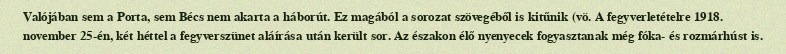
Valójában sem a Porta, sem Bécs nem akarta a háborút. Ez magából a sorozat szövegéből is kitűnik (vö. A fegyverletételre 1918. november 25-én, két héttel a fegyverszünet aláírása után került sor. Az északon élő nyenyecek fogyasztanak még fóka- és rozmárhúst is.